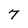
Character: 7